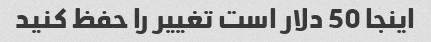
اینجا 50 دلار است تغییر را حفظ کنید